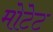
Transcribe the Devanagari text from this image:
मोटेट